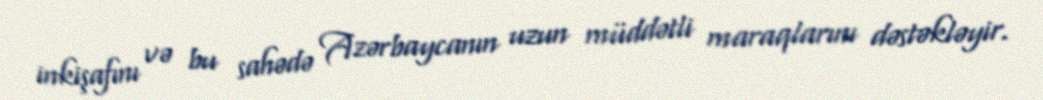
inkişafını və bu sahədə Azərbaycanın uzun müddətli maraqlarını dəstəkləyir.